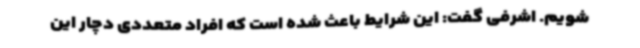
شویم. اشرفی گفت: این شرایط باعث شده است که افراد متعددی دچار این